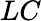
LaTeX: LC